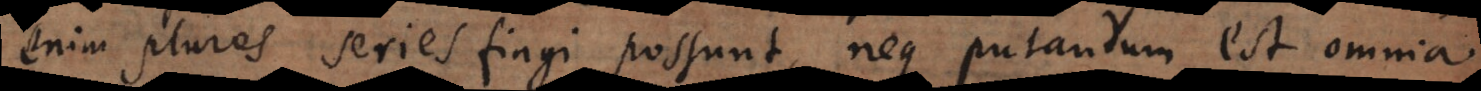
enim plures series fingi possunt, neque putandum est omnia